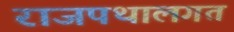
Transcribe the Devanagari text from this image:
राजपथालगत